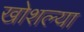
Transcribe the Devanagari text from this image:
खोशल्या